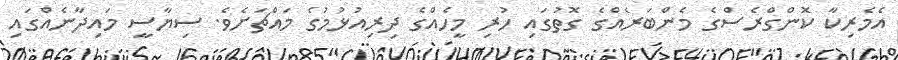
އެމެރިކާ ކޮންގްރެސްގެ މެންބަރެއްގެ ގޮތުގައި ހުރި މީހެއްގެ ދިރިއުޅުމުގެ މައްޗަށެވެ. ސިޔާސީ މައިދާނެއްގައި